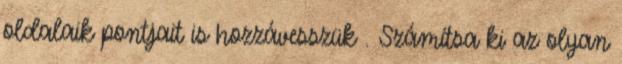
oldalaik pontjait is hozzávesszük . Számítsa ki az olyan